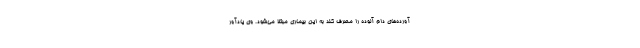
آورده‌های دام آلوده را مصرف کند به این بیماری مبتلا می‌شود. وی یادآور